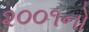
૨૦૦૧નો